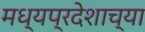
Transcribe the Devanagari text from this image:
मध्यप्रदेशाच्या